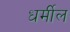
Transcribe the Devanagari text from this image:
धर्मील